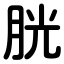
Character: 胱